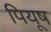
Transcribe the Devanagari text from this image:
पियूष